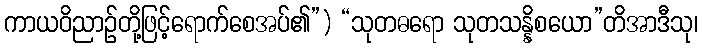
ကာယဝိညာဉ်တို့ဖြင့်ရောက်စေအပ်၏”) “သုတဓရော သုတသန္နိစယော”တိအာဒီသု၊